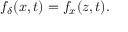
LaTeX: f _ { \delta } ( x , t ) = f _ { x } ( z , t ) .